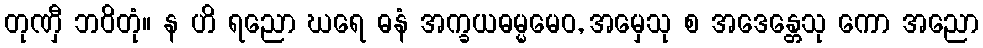
တုဏှီ ဘဝိတုံ။ န ဟိ ရညော ဃရေ ဓနံ အက္ခယဓမ္မမေဝ, အမှေသု စ အဒေန္တေသု ကော အညော